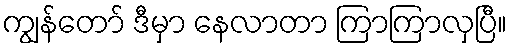
ကျွန်တော် ဒီမှာ နေလာတာ ကြာကြာလှပြီ။